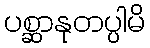
ပစ္ဆာနုတပ္ပါမိ